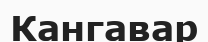
Кангавар